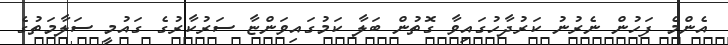
އެންމެ ފަހުން ނެރުނު ކަރުދާހުގައިވާ ގޮތުން ބަލާ ކަމުގައިވަންޏާ ސަރުކާރުގެ ގައުމީ ސަލާމަތުގެ